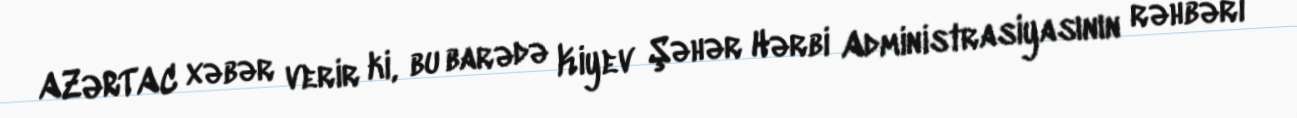
AZƏRTAC xəbər verir ki, bu barədə Kiyev Şəhər Hərbi Administrasiyasının rəhbəri